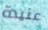
عنيدة